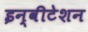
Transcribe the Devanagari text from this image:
इन्वीटेशन